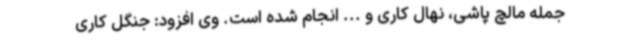
جمله مالچ پاشی، نهال کاری و ... انجام شده است. وی افزود: جنگل کاری